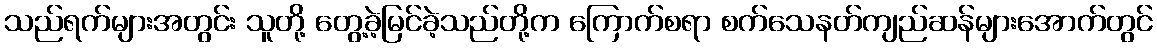
သည်ရက်များအတွင်း သူတို့ တွေ့ခဲ့မြင်ခဲ့သည်တို့က ကြောက်စရာ စက်သေနတ်ကျည်ဆန်များအောက်တွင်